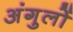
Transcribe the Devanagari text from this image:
अंगुलों